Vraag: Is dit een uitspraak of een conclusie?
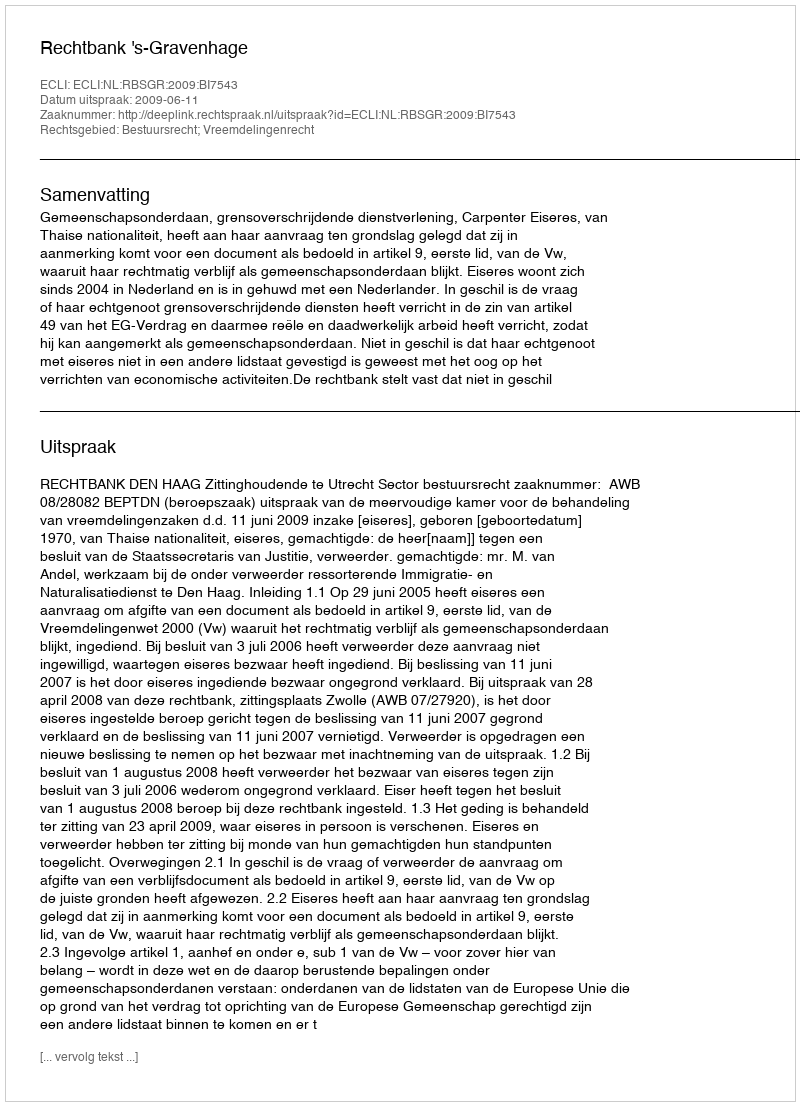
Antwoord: Uitspraak